Vital statistics of India. Vol. IV, Annual returns from 1871 to 1876. British Army of India, Native Army and jails of Bengal
Year: 1871
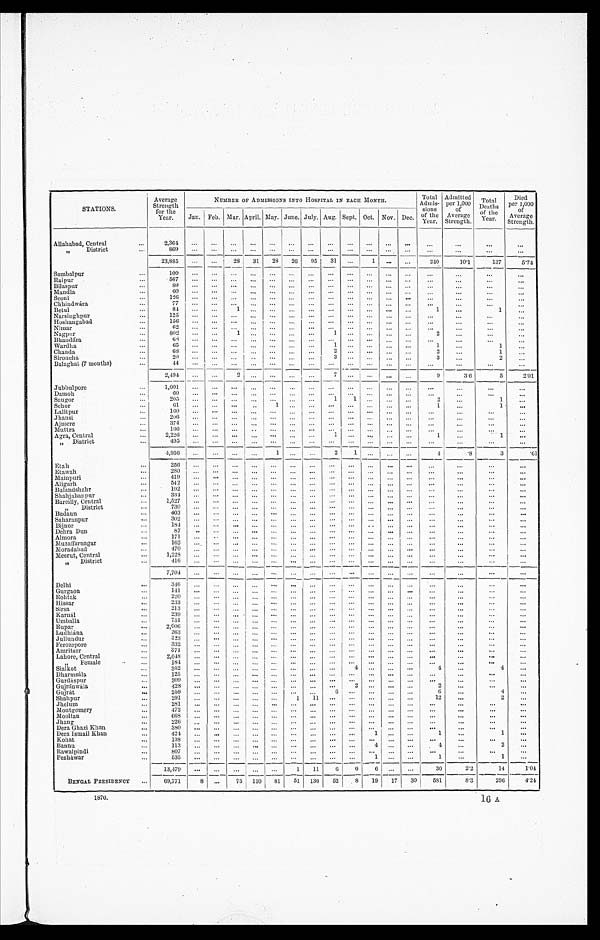
A v e r a g e S t r e n g t h f o r t h e Y e a r .
NUMBER OF ADMISSIONS INTO HOSPITAL IN EACH MONTH.
T o t a l A d m i s - s i o n s o f t h e Y e a r .
A d m i t t e d p e r 1 , 0 0 0 o f A v e r a g e S t r e n g t h .
T o t a l D e a t h s o f t h e Y e a r .
D i e d p e r 1 , 0 0 0 o f A v e r a g e S t r e n g t h .
J a n .
F e b .
M a r .
A p r i l .
M a y .
J u n e .
J u l y .
A u g .
S e p t .
O c t .
N o v .
D e c .
Allahabad Central
2 , 3 6 4
. . .
. . .
. . .
. . .
. . .
. . .
. . .
. . .
. . .
. . .
. . .
. . .
. . .
. . .
. . .
. . .
" District
8 6 9
. . .
. . .
. . .
. . .
. . .
. . .
. . .
. . .
. . .
. . .
. . .
. . .
. . .
. . .
. . .
. . .
2 3 , 8 8 5
. . .
. . .
2 8
3 1
2 8
2 6
9 5
3 1
. . . 1
. . .
. . .
2 4 0
1 0 · 1
1 3 7
5 · 7 4
Sambalpur
1 0 0
. . .
. . .
. . .
. . .
. . .
. . .
. . .
. . .
. . .
. . .
. . .
. . .
. . .
. . .
. . .
. . .
Raipur
5 6 7
. . .
. . .
. . .
. . .
. . .
. . .
. . .
. . .
. . .
. . .
. . .
. . .
. . .
. . .
. . .
. . .
Bilaspur
8 9
. . .
. . .
. . .
. . . . . .
. . .
. . .
. . .
. . .
. . .
. . .
. . .
. . .
. . .
. . .
. . .
Mandla
6 0
. . .
. . .
. . . . . .
. . .
. . .
. . .
. . .
. . .
. . .
. . . . . .
. . .
. . .
. . .
. . .
Seoni
1 2 6
. . .
. . . . . .
. . .
. . .
. . .
. . .
. . .
. . .
. . .
. . .
. . .
. . .
. . .
. . .
. . .
Chhindwára
7 7 . . .
. . .
. . .
. . .
. . .
. . .
. . .
. . .
. . .
. . .
. . .
. . .
. . .
. . .
. . .
. . .
Betul
8 4
. . .
. . .
1 . . . . . .
. . .
. . .
. . .
. . .
. . .
. . . . . .
1
. . .
. . 1 . . . .
Narsinghpur
1 2 5
. . .
. . .
. . .
. . .
. . .
. . .
. . .
. . .
. . .
. . . . . .
. . .
. . .
. . .
. . .
Hoshangabad
1 5 6
. . .
. . .
. . .
. . . . . .
. . .
. . .
. . .
. . .
. . .
. . .
. . .
. . .
. . .
. . .
. . .
N i m a r
6 2
. . .
. . . . . .
. . .
. . .
. . .
. . .
. . .
. . .
. . .
. . .
. . .
. . .
. . .
. . .
. . .
N a g p u r
8 0 2
. . .
. . .
1 . . .
. . .
. . .
. . .
1 . . .
. . .
. . .
. . .
2 . . .
. . .
. . .
Bhandára
6 8
. . .
. . .
. . .
. . .
. . .
. . .
. . .
. . .
. . .
. . .
. . .
. . .
. . .
. . .
. . .
. . .
W a r d h a
6 5 . . .
. . .
. . .
. . .
. . .
. . .
. . .
1 . . .
. . .
. . .
. . .
1 . . .
1
. . .
Chanda
6 8
. . . . . .
. . .
. . . . . .
. . .
. . .
2 . . .
. . .
. . .
. . .
2
. . .
1
. . .
Sironcha
2 0
. . . . . .
. . .
. . .
. . .
. . .
. . . 3
. . .
. . .
. . .
. . .
3
. . .
2
. . .
Balaghat (7 months)
4 4
. . . . . .
. . .
. . . . . .
. . .
. . .
. . .
. . .
. . .
. . .
. . .
. . .
. . .
. . .
2 , 4 9 4
. . . . . .
2
. . .
. . .
. . .
. . .
7 . . .
. . .
. . .
. . .
9
3 · 6 5
2 · 0 1 . . .
J u b b u l p o r e
1 , 0 0 1
. . . . . .
. . .
. . .
. . . . . .
. . .
. . .
. . .
. . . . . .
. . .
. . .
. . .
. . .
. . .
Damoh
6 0
. . .
. . .
. . .
. . .
. . .
. . .
. . .
. . .
. . .
. . .
. . . . . .
. . .
. . .
. . .
. . .
S a u g o r
2 0 5
. . .
. . .
. . .
. . .
. . .
. . .
. . .
1
1 . . .
. . .
. . .
2
. . .
1
. . .
Schor
6 1
. . . . . .
. . . . . .
1 . . .
. . .
. . .
. . .
. . .
. . .
. . .
1
. . .
1
. . .
Lalitpur
1 6 0
. . . . . .
. . .
. . .
. . . . . .
. . .
. . .
. . .
. . . . . .
. . .
. . .
. . .
. . .
. . .
J h a n s i
2 0 6
. . .
. . .
. . .
. . . . . .
. . .
. . .
. . .
. . .
. . .
. . .
. . .
. . .
. . .
. . .
. . .
A j m e r e
3 7 4
. . .
. . .
. . .
. . .
. . .
. . .
. . .
. . .
. . .
. . .
. . .
. . .
. . .
. . .
. . .
. . .
Muttra
1 6 6
. . .
. . .
. . .
. . .
. . .
. . .
. . . . . .
. . .
. . . . . .
. . .
. . .
. . .
. . .
. . .
Agra, Central
2 , 2 2 6
. . .
. . .
. . .
. . .
. . .
. . .
. . .
1
. . .
. . .
. . .
. . .
1
. . .
1 . . .
" D i s t r i c t
4 9 5
. . .
. . .
. . .
. . .
. . .
. . .
. . .
. . .
. . .
. . .
. . .
. . . . . .
. . .
. . .
. . .
4 , 9 5 6
. . . . . .
. . .
. . . 1
. . .
. . .
2
1 . . . . . .
. . .
4
· 8
3
· 6 1
Etah
2 5 6
. . .
. . .
. . .
. . .
. . .
. . .
. . .
. . .
. . .
. . .
. . .
. . . . . .
. . .
. . .
. . .
Etawah
2 8 0
. . .
. . .
. . .
. . .
. . .
. . .
. . .
. . .
. . . . . .
. . . . . .
. . .
. . .
. . .
. . .
M a i n p u r i
4 1 9
. . .
. . .
. . .
. . .
. . .
. . .
. . .
. . .
. . .
. . .
. . . . . .
. . .
. . .
. . .
. . .
Aligarh
5 4 2
. . .
. . .
. . .
. . .
. . .
. . .
. . .
. . .
. . .
. . .
. . .
. . .
. . .
. . .
. . .
. . .
Bulandshahr
1 9 2
. . .
. . .
. . .
. . .
. . .
. . .
. . .
. . .
. . .
. . .
. . .
. . .
. . .
. . .
. . .
. . .
Shahjahanpur
3 3 4 . . .
. . .
. . .
. . .
. . .
. . . . . .
. . .
. . . . . .
. . .
. . .
. . .
. . .
. . .
. . .
Bareilly, central
1 , 5 2 7
. . .
. . .
. . .
. . .
. . .
. . .
. . .
. . .
. . .
. . .
. . .
. . .
. . .
. . .
. . .
. . .
" D i s t r i c t
7 3 0
. . .
. . .
. . .
. . .
. . .
. . .
. . .
. . .
. . .
. . .
. . .
. . .
. . .
. . .
. . .
. . .
B u d a u n
4 0 3
. . .
. . .
. . .
. . .
. . .
. . .
. . .
. . .
. . .
. . .
. . .
. . .
. . .
. . .
. . .
. . .
Saharanpur
3 0 2 . . .
. . .
. . .
. . .
. . . . . .
. . .
. . .
. . .
. . .
. . .
. . .
. . .
. . .
. . .
. . .
B i j n o r
1 8 4
. . . . . .
. . .
. . .
. . .
. . .
. . .
. . .
. . .
. . .
. . .
. . .
. . .
. . .
. . .
. . .
Dehra Dun
8 7
. . . . . .
. . .
. . .
. . .
. . . . . .
. . .
. . . . . .
. . .
. . .
. . .
. . .
. . .
. . .
A l m o r a
1 7 1 . . .
. . .
. . .
. . .
. . .
. . .
. . .
. . .
. . .
. . .
. . .
. . .
. . .
. . .
. . .
. . .
Muzaffarnagar
1 6 2 . . .
. . .
. . .
. . .
. . .
. . .
. . .
. . .
. . .
. . .
. . .
. . .
. . .
. . .
. . .
. . .
Moradabad
4 7 0
. . .
. . . . . .
. . .
. . .
. . .
. . .
. . .
. . .
. . .
. . .
. . .
. . .
. . .
. . .
. . .
Meerut, Central
1 , 2 2 8
. . .
. . .
. . .
. . .
. . .
. . .
. . .
. . .
. . .
. . .
. . .
. . .
. . .
. . .
. . .
. . .
" D i s t r i c t
4 1 6
. . .
. . .
. . .
. . .
. . .
. . .
. . .
. . . . . .
. . .
. . .
. . .
. . .
. . .
. . .
. . .
7 , 7 0 4
. . .
. . .
. . .
. . .
. . .
. . . . . .
. . .
. . . . . .
. . . . . .
. . .
. . .
. . .
. . .
Delhi
3 4 6
. . . . . .
. . .
. . .
. . .
. . .
. . .
. . .
. . .
. . .
. . . . . .
. . .
. . .
. . .
. . .
G u r g a o n
1 4 1 . . .
. . .
. . .
. . .
. . . . . .
. . .
. . .
. . .
. . .
. . .
. . .
. . .
. . .
. . .
. . .
R o h t a k
2 2 0 . . .
. . .
. . .
. . .
. . .
. . .
. . .
. . . . . .
. . . . . .
. . .
. . .
. . .
. . .
. . .
Hissar
2 3 3
. . .
. . .
. . .
. . .
. . .
. . .
. . .
. . .
. . .
. . .
. . .
. . .
. . .
. . .
. . .
. . .
S i r s a
2 1 3
. . .
. . .
. . .
. . .
. . .
. . .
. . .
. . .
. . .
. . .
. . .
. . .
. . .
. . .
. . .
. . .
Karnál
2 3 9
. . . . . .
. . .
. . .
. . .
. . .
. . .
. . . . . .
. . .
. . . . . .
. . .
. . .
. . .
. . .
U m b a l l a
7 5 1 . . .
. . .
. . .
. . .
. . .
. . .
. . .
. . .
. . .
. . .
. . .
. . .
. . .
. . .
. . .
. . .
R u p a r
2 , 6 0 6
. . .
. . .
. . .
. . .
. . .
. . .
. . .
. . .
. . .
. . .
. . .
. . .
. . .
. . .
. . .
. . .
L u d h i á n a
2 6 3 . . .
. . . . . .
. . .
. . . . . .
. . .
. . .
. . .
. . .
. . .
. . .
. . .
. . .
. . .
. . .
Jullundur
3 2 3
. . .
. . .
. . .
. . .
. . .
. . .
. . .
. . .
. . .
. . .
. . .
. . .
. . .
. . .
. . .
. . .
F e r o z e p o r e
3 3 2
. . . . . .
. . .
. . .
. . .
. . . . . .
. . .
. . . . . .
. . .
. . .
. . .
. . .
. . .
. . .
Amritsar
3 7 1
. . .
. . .
. . .
. . .
. . .
. . .
. . .
. . .
. . .
. . .
. . .
. . .
. . .
. . .
. . .
. . .
Lahore, Central
2 , 0 4 8
. . .
. . . . . .
. . .
. . .
. . . . . .
. . .
. . .
. . . . . .
. . .
. . .
. . .
. . .
. . .
" Female
1 8 4
. . .
. . .
. . .
. . .
. . .
. . .
. . .
. . .
. . .
. . .
. . .
. . .
. . .
. . .
. . .
. . .
S i a l k o t
3 5 2 . . .
. . .
. . .
. . .
. . .
. . .
. . .
. . . 4
. . .
. . .
. . .
4
. . .
4
. . .
Dharmsála
1 2 5 . . .
. . .
. . .
. . .
. . .
. . .
. . .
. . .
. . .
. . .
. . .
. . .
. . .
. . .
. . .
. . .
Gurdáspur
3 0 9
. . .
. . .
. . .
. . .
. . .
. . .
. . .
. . .
. . .
. . .
. . .
. . .
. . .
. . .
. . .
. . .
Gujránwála
4 2 8 . . .
. . .
. . .
. . .
. . .
. . .
. . .
. . .
2 . . .
. . .
. . .
2
. . .
. . .
. . .
Gujrát
2 5 9
. . .
. . . . . .
. . .
. . .
. . .
. . .
6 . . .
. . .
. . .
. . .
6 . . .
4
. . .
S h a h p u r
2 9 1
. . . . . .
. . .
. . .
. .
1
1 1
. . .
. . .
. . .
. . .
. . .
1 2
. . .
2
. . .
Jhelum
2 8 1
. . . . . .
. . .
. . .
. . .
. . .
. . .
. . .
. . .
. . . . . .
. . .
. . .
. . .
. . .
. . .
Montgomery
4 7 2
. . .
. . .
. . .
. . .
. . .
. . .
. . .
. . .
. . .
. . .
. . .
. . .
. . .
. . .
. . .
. . .
M o o l t a n
6 6 8 . . .
. . .
. . .
. . .
. . .
. . .
. . .
. . .
. . .
. . .
. . .
. . .
. . .
. . .
. . .
. . .
Jhang
2 2 6
. . .
. . .
. . .
. . .
. . .
. . .
. . .
. . .
. . .
. . .
. . .
. . .
. . .
. . .
. . .
. . .
Dera Ghazi Khan
3 8 0
. . . . . .
. . . . . .
. . .
. . .
. . .
. . .
. . .
. . .
. . .
. . .
. . .
. . .
. . .
. . .
Dera Ismail khan
4 2 4 . . .
. . .
. . .
. . .
. . .
. . .
. . .
. . .
. . .
1 . . .
. . .
1
. . .
1
. . .
Kohat
1 3 8
. . .
. . .
. . .
. . .
. . .
. . .
. . .
. . .
. . .
. . .
. . .
. . .
. . .
. . .
. . .
. . .
B a n n u
1 1 3 . . .
. . .
. . .
. . .
. . .
. . .
. . .
. . .
. . .
4 . . .
. . .
4
. . .
2 . . .
Rawalpindi
8 0 7 . . .
. . .
. . .
. . .
. . .
. . .
. . .
. . .
. . .
. . .
. . .
. . .
. . .
. . .
. . .
P e s h á w a r
5 3 5
. . .
. . . . . .
. . .
. . .
. . .
. . .
. . .
. . .
1 . . .
. . .
1
. . .
. 1 . .
. . .
1 3 , 4 7 9
. . .
. . .
. . .
. . .
. . .
1
1 1
6 6
6
. . .
. . .
3 0
2 · 2
1 4
1 · 0 4
BENGAL PRESI DENCY
6 9 , 7 7 1
8 . . .
7 5
1 1 0
8 1
5 1
1 3 0
5 2 8
1 9
1 7
3 0
5 8 1
8 · 3
2 9 6
4 · 2 4